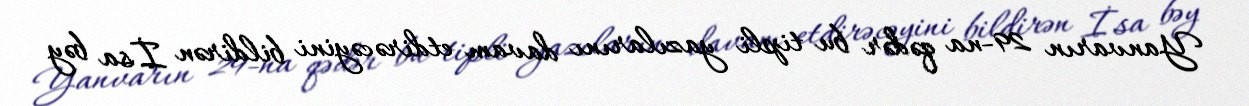
Yanvarın 29-na qədər bu tipli yazılarını davam etdirəcəyini bildirən İsa bəy